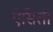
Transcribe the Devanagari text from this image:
ऐसिती